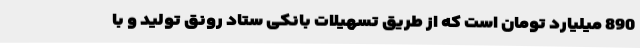
890 میلیارد تومان است که از طریق تسهیلات بانکی ستاد رونق تولید و با